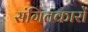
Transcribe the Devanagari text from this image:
संगितकारों